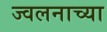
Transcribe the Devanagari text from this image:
ज्वलनाच्या